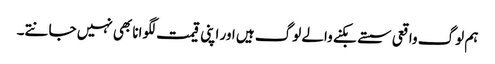
ہم لوگ واقعی سستے بکنے والے لوگ ہیں اور اپنی قیمت لگوانا بھی نہیں جانتے۔